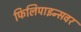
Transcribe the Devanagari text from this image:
फिलिपाइन्सवर